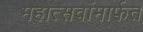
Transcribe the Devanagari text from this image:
महोत्सवांमार्फत